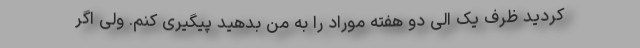
کردید ظرف یک الی دو هفته موراد را به من بدهید پیگیری کنم. ولی اگر